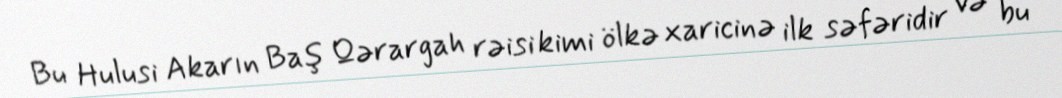
Bu Hulusi Akarın Baş Qərargah rəisi kimi ölkə xaricinə ilk səfəridir və bu